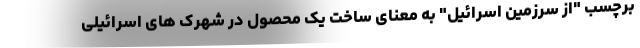
برچسب "از سرزمین اسرائیل" به معنای ساخت یک محصول در شهرک های اسرائیلی